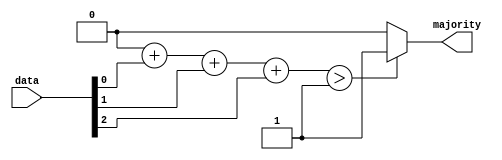
module majority_voting_detector #(
    parameter N = 3  // Number of input signals, should be odd (e.g., 3, 5, 7)
)(
    input  [N-1:0] data,   // N input signals
    output       majority   // Majority output
);

    // Intermediate signal to hold the count of '1's
    reg [N:0] count; // Count can range from 0 to N
    integer i;

    always @* begin
        // Initialize count
        count = 0;

        // Count the number of '1's in the input vector
        for (i = 0; i < N; i = i + 1) begin
            count = count + data[i];
        end
        
        // Determine majority output
        if (count > N / 2) begin
            majority = 1;  // More than half are '1's
        end else begin
            majority = 0;  // Half or less are '1's
        end
    end

endmodule